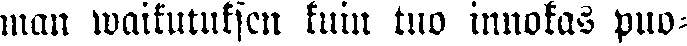
man waikutuksen kuin tuo innokas puo-